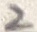
Text: 2